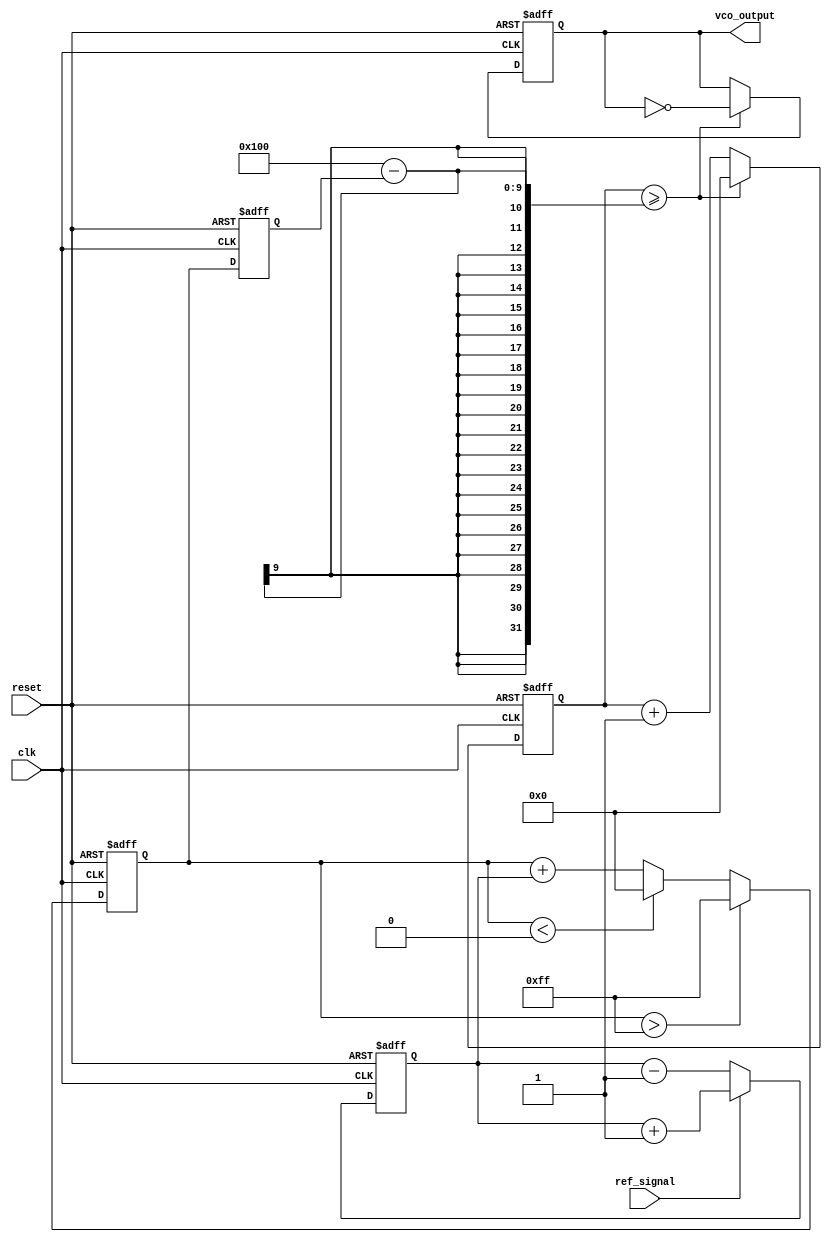
module DPLL (
    input wire clk,                // System clock
    input wire reset,              // Reset signal
    input wire ref_signal,         // Reference signal
    output reg vco_output          // Output from VCO
);

    // Parameters
    parameter PHASE_WIDTH = 8;     // Width for phase error signal
    parameter MEMORY_DEPTH = 16;    // Depth of memory block
    parameter VCO_MAX_FREQ = 255;   // Max frequency for VCO
    parameter VCO_MIN_FREQ = 0;     // Min frequency for VCO

    // Internal signals
    reg [PHASE_WIDTH-1:0] phase_error;
    reg [PHASE_WIDTH-1:0] control_signal;
    reg [PHASE_WIDTH-1:0] memory [0:MEMORY_DEPTH-1]; // Memory block
    reg [3:0] mem_ptr; // Pointer for memory access
    reg [7:0] vco_freq; // Current frequency of VCO
    reg [7:0] vco_counter; // Counter for VCO output generation

    // Phase Detector
    always @(posedge clk or posedge reset) begin
        if (reset) begin
            phase_error <= 0;
        end else begin
            // Simple phase detector: calculate phase error based on ref_signal
            // Here we assume ref_signal is a 1-bit signal for simplicity
            if (ref_signal) begin
                phase_error <= phase_error + 1; // Increment phase error
            end else begin
                phase_error <= phase_error - 1; // Decrement phase error
            end
        end
    end

    // Loop Filter
    always @(posedge clk or posedge reset) begin
        if (reset) begin
            control_signal <= 0;
        end else begin
            // Simple proportional filter
            control_signal <= control_signal + phase_error;
            if (control_signal > VCO_MAX_FREQ) begin
                control_signal <= VCO_MAX_FREQ;
            end else if (control_signal < VCO_MIN_FREQ) begin
                control_signal <= VCO_MIN_FREQ;
            end
        end
    end

    // Voltage-Controlled Oscillator (VCO)
    always @(posedge clk or posedge reset) begin
        if (reset) begin
            vco_freq <= VCO_MIN_FREQ;
            vco_counter <= 0;
            vco_output <= 0;
        end else begin
            vco_freq <= control_signal; // Update VCO frequency based on control signal
            // Generate VCO output based on frequency
            vco_counter <= vco_counter + 1;
            if (vco_counter >= (256 - vco_freq)) begin
                vco_output <= ~vco_output; // Toggle output
                vco_counter <= 0;
            end
        end
    end

    // Memory Block
    always @(posedge clk or posedge reset) begin
        if (reset) begin
            mem_ptr <= 0; // Reset memory pointer
        end else begin
            // Store phase error and control signal in memory
            memory[mem_ptr] <= phase_error; // Store current phase error
            mem_ptr <= mem_ptr + 1; // Increment memory pointer
            if (mem_ptr >= MEMORY_DEPTH) begin
                mem_ptr <= 0; // Wrap around the memory pointer
            end
        end
    end

endmodule